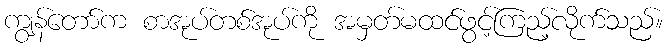
ကျွန်တော်က စာအုပ်တစ်အုပ်ကို အမှတ်မထင်ဖွင့်ကြည့်လိုက်သည်။